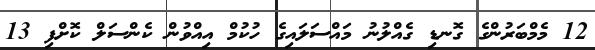
12 މެމްބަރުންގެ ގޮނޑި ގެއްލުނު މައްސަލައިގެ ހުކުމް އިއްވުން ކެންސަލް ކޮށްފި 13